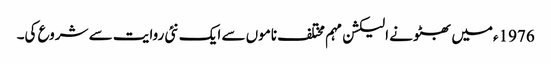
1976ءمیں بھٹو نے الیکشن مہم مختلف ناموں سے ایک نئی روایت سے شروع کی۔